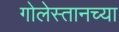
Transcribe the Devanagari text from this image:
गोलेस्तानच्या